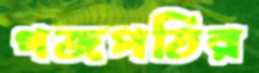
গজপতির